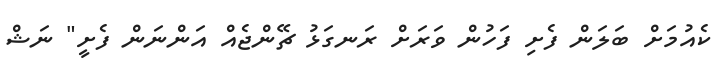
ކެއުމަށް ބަލަން ފެށި ފަހުން ވަރަށް ރަނގަޅު ޗޭންޖެއް އަންނަން ފެށީ" ނަޝް